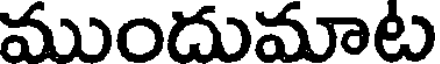
ముందుమాట